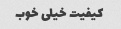
کیفیت خیلی خوب